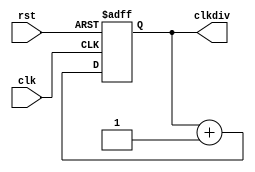
`timescale 1ns / 1ps
//////////////////////////////////////////////////////////////////////////////////
// Company: 
// Engineer: 
// 
// Design Name: 
// Module Name:    clkdiv 
// Project Name: 
// Target Devices: 
// Tool versions: 
// Description: 
//
// Dependencies: 
//
// Revision: 
// Revision 0.01 - File Created
// Additional Comments: 
//
//////////////////////////////////////////////////////////////////////////////////
module clkdiv(
	input wire clk,
	input wire rst,
	output reg[31:0] clkdiv
    );
	 
	//clock divider

	always @(posedge clk or posedge rst) begin
		if (rst) clkdiv <= 0;
		else clkdiv <=	clkdiv + 1'b1;
	end
	 
endmodule